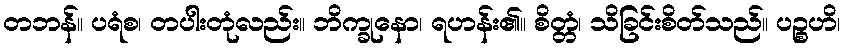
တဘန်။ ပရံစ၊ တပါးတုံလည်း။ ဘိက္ခုနော၊ ရဟန်း၏။ စိတ္တံ၊ သိခြင်းစိတ်သည်။ ပဉ္စဟိ၊